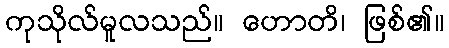
ကုသိုလ်မူလသည်။ ဟောတိ၊ ဖြစ်၏။